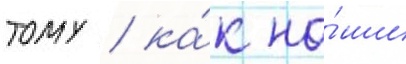
тому / ка́к на́ши